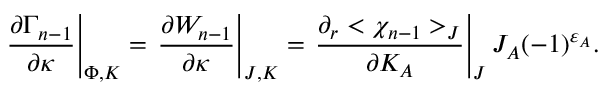
\left. { \frac { \partial \Gamma _ { n - 1 } } { \partial \kappa } } \right| _ { \Phi , K } = \left. { \frac { \partial W _ { n - 1 } } { \partial \kappa } } \right| _ { J , K } = \left. { \frac { \partial _ { r } < \chi _ { n - 1 } > _ { J } } { \partial K _ { A } } } \right| _ { J } J _ { A } ( - 1 ) ^ { \varepsilon _ { A } } .